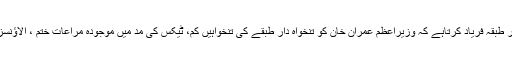
جنابِ محترم چیف جسٹس صاحب،آج آپ سے مُلک کا بڑاتنخواہ دار طبقہ فریاد کرتاہے کہ وزیراعظم عمران خان کو تنخواہ دار طبقے کی تنخواہیں کم، ٹیکس کی مد میں موجودہ مراعات ختم ، الاؤنسز بند کرنے سمیت دیگر سہولیات ختم کرنے کا فی الفور نوٹس لیں۔